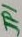
Text: JP1